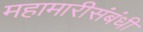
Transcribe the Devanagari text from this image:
महामारीसंबंधी